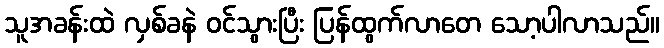
သူအခန်းထဲ လှစ်ခနဲ ဝင်သွားပြီး ပြန်ထွက်လာတေ သော့ပါလာသည်။